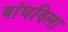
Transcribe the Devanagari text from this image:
बांधविला